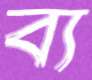
ব্য